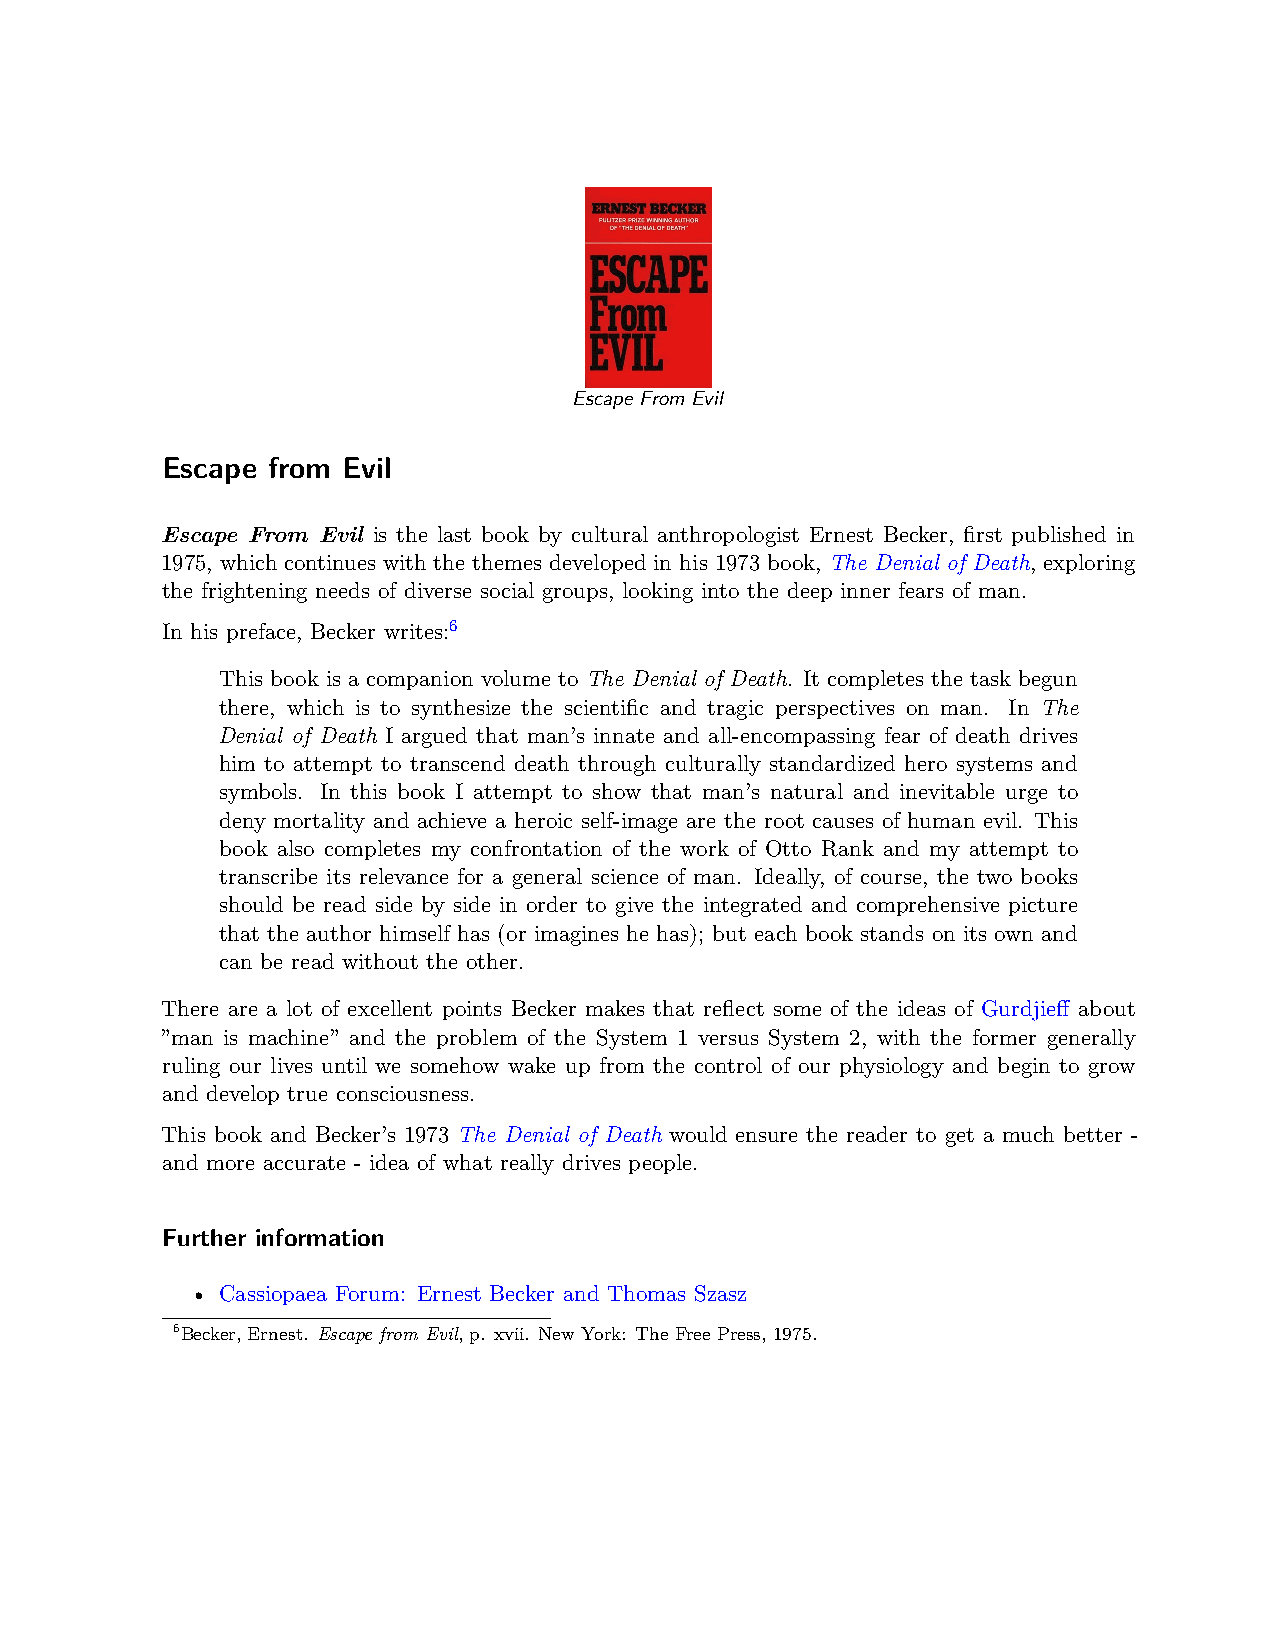
Escape From Evil
 Escape from Evil
 Escape From Evil is the last book by cultural anthropologist Ernest Becker, first published in
 1975, which continues with the themes developed in his 1973 book, The Denial of Death, exploring
 the frightening needs of diverse social groups, looking into the deep inner fears of man.
 In his preface, Becker writes:6
 This book is a companion volume to The Denial of Death. It completes the task begun
 there, which is to synthesize the scientific and tragic perspectives on man. In The
 Denial of Death I argued that man’s innate and all-encompassing fear of death drives
 him to attempt to transcend death through culturally standardized hero systems and
 symbols. In this book I attempt to show that man’s natural and inevitable urge to
 deny mortality and achieve a heroic self-image are the root causes of human evil. This
 book also completes my confrontation of the work of Otto Rank and my attempt to
 transcribe its relevance for a general science of man. Ideally, of course, the two books
 should be read side by side in order to give the integrated and comprehensive picture
 that the author himself has (or imagines he has); but each book stands on its own and
 can be read without the other.
 There are a lot of excellent points Becker makes that reflect some of the ideas of Gurdjieff about
 ”man is machine” and the problem of the System 1 versus System 2, with the former generally
 ruling our lives until we somehow wake up from the control of our physiology and begin to grow
 and develop true consciousness.
 This book and Becker’s 1973 The Denial of Death would ensure the reader to get a much better -
 and more accurate - idea of what really drives people.
 Further information
 • Cassiopaea Forum: Ernest Becker and Thomas Szasz
 6Becker, Ernest. Escape from Evil, p. xvii. New York: The Free Press, 1975.